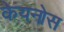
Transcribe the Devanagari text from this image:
केयनोस